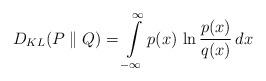
LaTeX: \begin{align*} D_{KL} (P \parallel Q) = \int\limits_{-\infty}^{\infty} p(x) \, \ln \frac{p(x)}{q(x)} \, dx\end{align*}